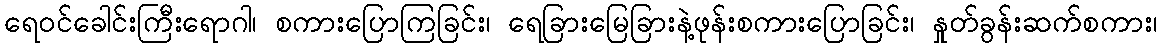
ရေဝင်ခေါင်းကြီးရောဂါ၊ စကားပြောကြခြင်း၊ ရေခြားမြေခြားနဲ့ဖုန်းစကားပြောခြင်း၊ နှုတ်ခွန်းဆက်စကား၊